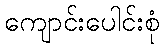
ကျောင်းပေါင်းစုံ